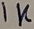
Text: 1K